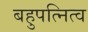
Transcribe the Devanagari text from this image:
बहुपत्नित्व